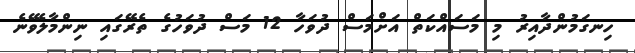
ހިނގަމުންދާއިރު މި މަސައްކަތް އަށްމަސް ދުވަހާ 12 މަސް ދުވަހުގެ ތެރޭގައި ނިންމާލެވޭނެ